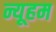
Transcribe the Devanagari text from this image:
न्यूहम